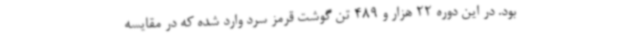
بود. در این دوره 22 هزار و 489 تن گوشت قرمز سرد وارد شده که در مقایسه